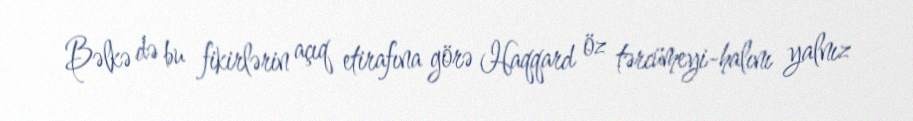
Bəlkə də bu fikirlərin açıq etirafına görə Haqqard öz tərcümeyi-halını yalnız